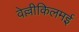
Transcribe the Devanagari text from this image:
वेल्लीकिलमई